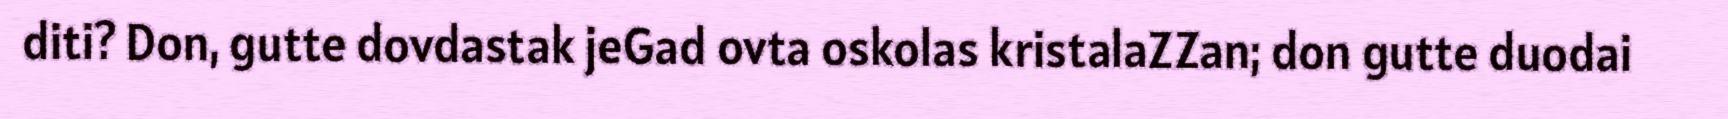
diti? Don, gutte dovdastak jeGad ovta oskolas kristalaZZan; don gutte duodai